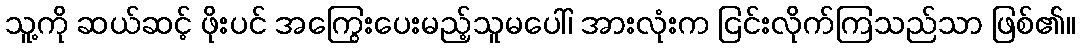
သူ့ကို ဆယ်ဆင့် ဖိုးပင် အကြွေးပေးမည့်သူမပေါ်၊ အားလုံးက ငြင်းလိုက်ကြသည်သာ ဖြစ်၏။